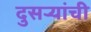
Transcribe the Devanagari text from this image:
दुसऱ्यांची